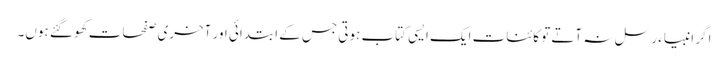
اگر انبیاء رسل نہ آتے تو کائنات ایک ایسی کتاب ہوتی جس کے ابتدائی اور آخری صفحات کھو گئے ہوں۔